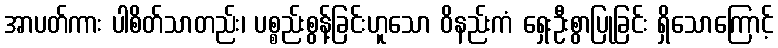
အာပတ်ကား ပါစိတ်သာတည်း၊ ပစ္စည်းစွန့်ခြင်းဟူသော ဝိနည်းကံ ရှေးဦးစွာပြုခြင်း ရှိသောကြောင့်